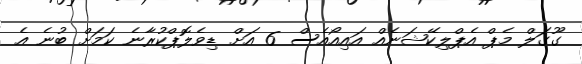
ގޫގަލް މެޕް އެޕްލިކޭޝަނެއް އައިއޯއެސް 6 އަށް ޑިވެލޮޕްކުރާނެ ކަމަށް ބުނެ އެ